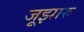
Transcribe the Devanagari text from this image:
जूझारु